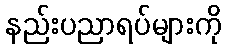
နည်းပညာရပ်များကို